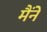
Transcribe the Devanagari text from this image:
मैंनें